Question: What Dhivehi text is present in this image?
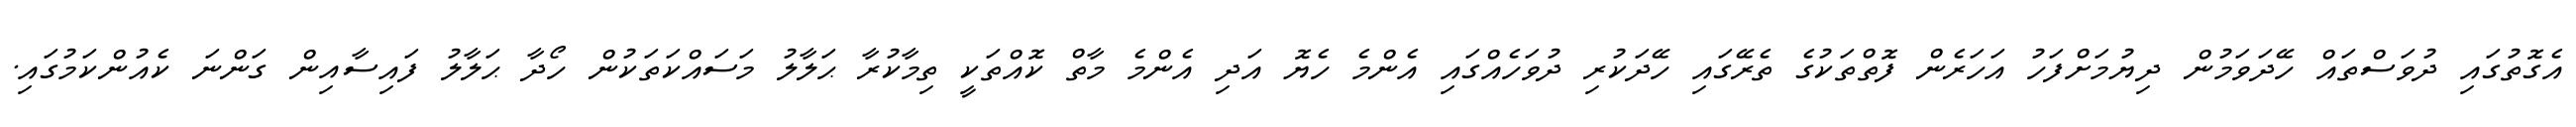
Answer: އެގޮތުގައި ދުވަސްތައް ހޭދަވަމުން ދިޔުމަށްފަހު އަހަރެން ފޮތްތަކުގެ ތެރޭގައި ހޭދަކުރި ދުވަހެއްގައި އެންމެ ހެޔޮ އަދި އެންމެ މާތް ކޮއްތަކީ ތިމާކުރާ ޙަލާލު މަސައްކަތަކުން ހޯދާ ޙަލާލު ފައިސާއިން ގަންނަ ކެއުންކަމުގައި.